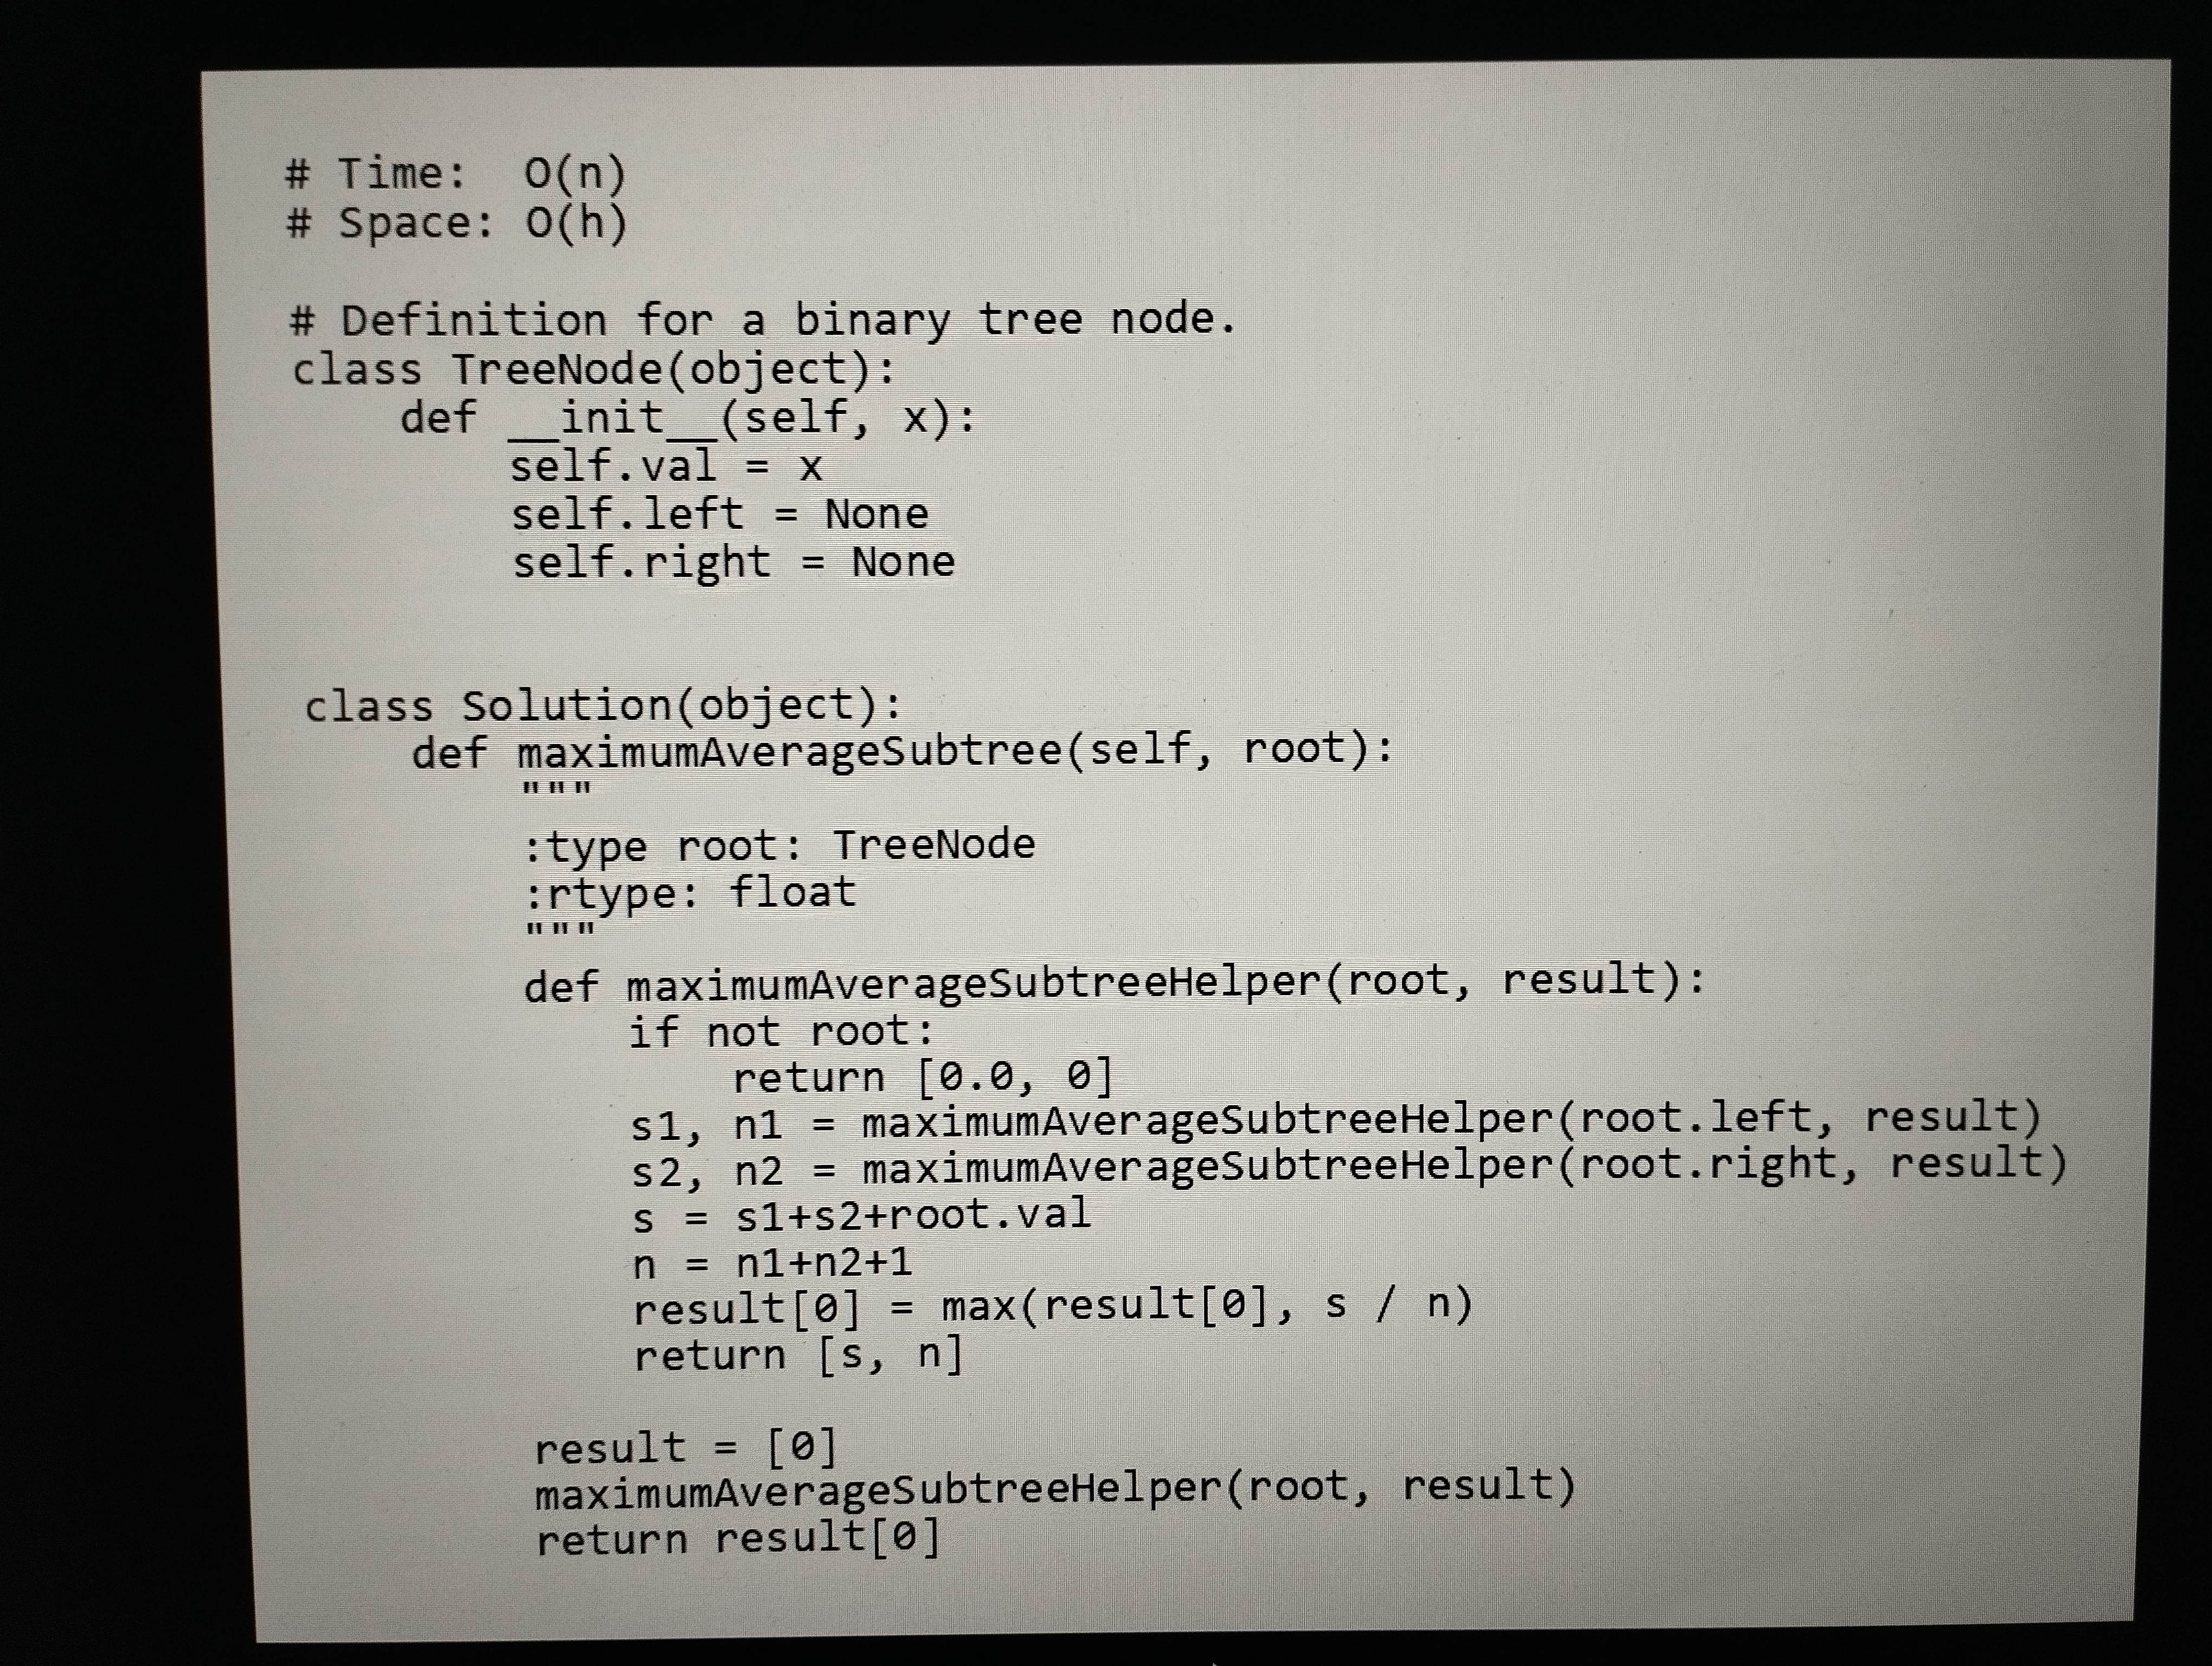
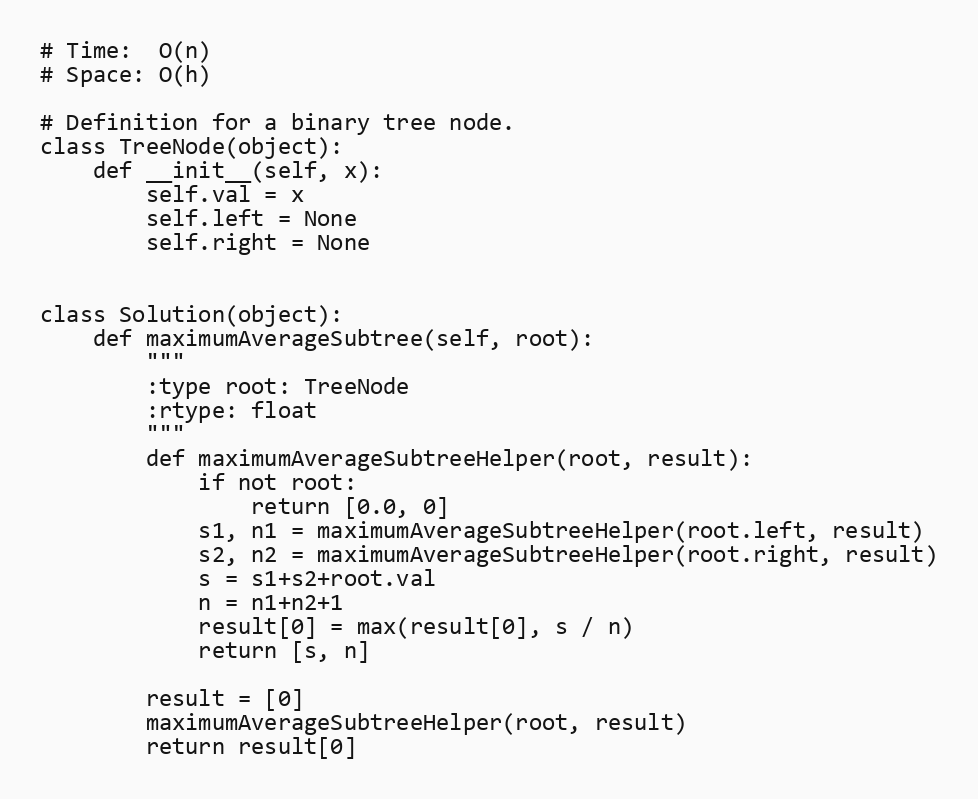
# Time:  O(n)
# Space: O(h)

# Definition for a binary tree node.
class TreeNode(object):
    def __init__(self, x):
        self.val = x
        self.left = None
        self.right = None

class Solution(object):
    def maximumAverageSubtree(self, root):
        """
        :type root: TreeNode
        :rtype: float
        """
        def maximumAverageSubtreeHelper(root, result):
            if not root:
                return [0.0, 0]
            s1, n1 = maximumAverageSubtreeHelper(root.left, result)
            s2, n2 = maximumAverageSubtreeHelper(root.right, result)
            s = s1+s2+root.val
            n = n1+n2+1
            result[0] = max(result[0], s / n)
            return [s, n]

        result = [0]
        maximumAverageSubtreeHelper(root, result)
        return result[0]